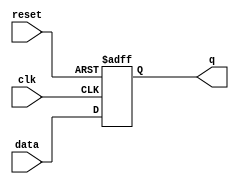
module edge_triggered_latch (
    input wire clk,
    input wire reset,
    input wire data,
    output reg q
);

always @(posedge clk or negedge reset) begin
    if(!reset) begin
        q <= 1'b0; // Initialize latch to low state
    end else begin
        q <= data; // Capture input data on clock edge
    end
end

endmodule